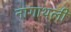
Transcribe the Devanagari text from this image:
नागाथली